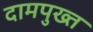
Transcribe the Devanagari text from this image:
दामपुख्त